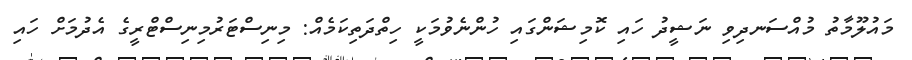
މައުލޫމާތު މުއްސަނދިވި ނަޝީދު ހައި ކޮމިޝަންގައި ހުންނެވުމަކީ ހިތްދަތިކަމެއް: މިނިސްޓަރުމިނިސްޓްރީގެ އެދުމަށް ހައި